Vital statistics of India. Vol. VI, European troops 1870-79
Year: 1870
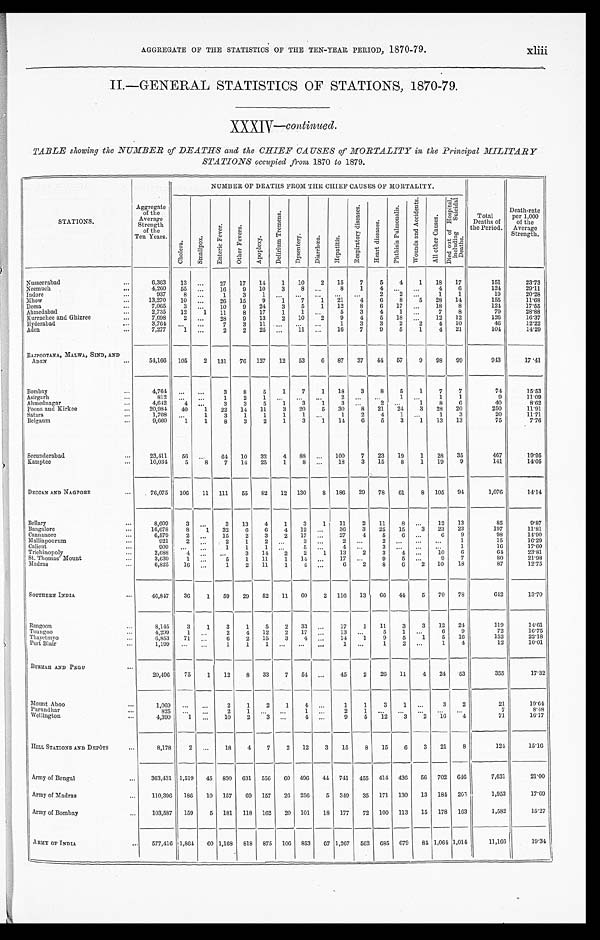
AGGREGATE OF THE STATISTICS OF THE TEN-YEAR PERIOD, 1870-79.
II.—GENERAL STATISTICS OF STATIONS, 1870-79.
XXXIV — continued .
TABLE showing the NUMBER of DEATHS and the CHIEF CAUSES of MORTALITY in the Principal MILITARY
STATIONS occupied from 1870 to 1879.
STATIONS.
Aggregate
of the
Average
Strength
of the
Ten Years.
NUMBER OF DEATHS FROM THE CHIEF CAUSES OF MORTALITY.
Total
Deaths of
the Period.
Death-rate
per 1,000
of the
Average
Strength.
Cholera.
S ma l l p o x .
E n t e r i c F e v e r .
O t h e r F e v e r s .
A p o p l e x y .
D e l i r i u m T r e m e n s .
Dy s e n t e r y .
D i a r r h œ a .
H e p a t i t i s .
R e s p i r a t o r y D i s e a s e s .
H e a r t D i s e a s e s .
P h t h i s i s P u l m o n a l i s .
W o u n d s a n d A c c i d e n t s .
A l l o t h e r C a u s e s .
D i e d o u t o f H o s p i t a l ,
i n c l u d i n g S u i c i d a l
Deaths.
Nusseerabad . . .
6,363
13
. . .
27
17
14
1
10
2
15
7
5
4
1
18
17
151
23.73
Neemuch . . .
4,260
55
. . . 16
9
10
3
8
. . . 8
1
4
. . .
. . .
4
6
124
29.11
I n d o r e . . .
937
8
. . . 1
3
1
. . . . . .
. . . . . .
. . . 2
2 . . .
1
1
19
20.28
Mhow . . .
13,270
10
. . . 26
15
9
1
7
1
21
4
6
8
5
28
14
155
11.68
Deesa . . .
7,065
3
. . . 10
9
24
3
5
1
12
8
6
17 . . .
18
8
124
17.55
Ahmedabad . . .
2,735
12
1
11
8
17
1
1
. . .
5
3
4
1
. . .
7
8
79
28.88
Kurrachee and Ghizree . . .
7,698
2
. . . 28
9
13
2
10
2
9
4
5
18 . . .
12
12
126
16.37
Hyderabad . . .
3,764
. . .
. . . 7
3
11 . . .
. . .
. . .
1
3
3
2
2
4
10
46
12.22
Aden . . .
7,277
1
. . .
2
2
25 . . .
11
. . .
16
7
9
5
1
4
21
104
14.29
RAJPOOTANA, MALWA, SIND, AND
ADEN . . .
54,166
105
2
131
76
127
12
53
6
87
37
44
57
9
9 8
9 9
9 4 3
17.41
Bombay . . .
4,764
. . .
. . .
3
8
5
1
7
1
18
3
8
5
1
7
7
74
15.53
Asirgarh . . .
812
. . .
. . .
1
2
1
. . . . . .
. . . 2
. . .
. . .
1
. . . 1
1
9
11.09
Ahmednagar . . .
4,642
4
. . .
3
3
5
1
3
1
3
. . . 2
. . .
1
8
6
40
8.62
Poona and Kirkee . . .
20,984
40
1
22
14
11
3
20
5
30
8
21
24
3
28
20
250
11.91
Satara . . .
1,708
. . .
1
3
1
1
1
1
. . .
1
2
4
1
. . .
1
3
20
11.71
Belgaum . . .
9,660
1
1
8
3
2
1
3
1
14
6
5
3
1
13
13
75
7.76
Secunderabad . . .
23,411
56 . . .
64
10
32
4
88
. . .
100
7
23
19
1
28
35
467
19.95
Kamptee . . .
10,034
5
8
7
14
25
1
8
. . .
18
3
15
8
1
19
9
141
14.05
DECCAN AND NAGPORE . . .
76,075
106
11
111
55
82
12
130
8
186
29
78
61
8
105
94
1,076
14.14
Bellary . . .
8,609
3
. . .
3
13
4
1
3
1
11
2
11
8
. . .
12
13
85
9.87
Bangalore . . .
16,678
8
1
32
6
6
4
12
. . .
36
3
25
15
3
23
23
197
11.81
Cannanore. . .
6,579
2
. . . 15
2
3
2
17
. . .
27
4
5
6
. . .
6
9
98
14.90
Malliapoorum . . .
921 2
. . .
2
1
2
. . .
3
. . . 2
. . .
2
. . . . . .
. . .
1
15
16.29
Calicut . . .
909
. . .
. . .
1
1
1
. . .
5
. . .
4
. . .
3
. . .
. . .
. . .
1
16
17.60
Trichinopoly . . .
2,688
4
. . .
. . .
3
1 4
2
2
1
13
2
3
4
. . .
1 0
6
64
23.81
St.Thomas' Mount . . .
3,639
1
. . .
5
1
1 1
1
14
. . .
17
. . .
9
5
. . .
9
7
80
21.98
Madras . . .
6 , 8 2 5
16
. . .
1
2
11
1
4
. . .
6
2
8
6
2
10
18
87
12.75
SOUTHERN INDIA . . .
46,847
36
1
59
29
52
11
60
2
116
13
66
44
5
70
78
642
13.70
Rangoon . . .
8,145
3
1
3
1
5
2
3
. . .
17
1
11
3
3
12
24
119
14.61
Toungoo . . .
4,299
1
. . .
2
4
12
2
17
. . .
13
. . .
5
1
. . .
6
9
7 2
1 6 . 7 5
Thayetmyo . . .
6,853
71
. . .
6
2
15
3
4
. . .
14
1
9
5
1
5
1 6
152
22.18
Port Blair . . .
1 , 1 9 9
. . .
. . .
1
1
1
. . .
. . .
. . .
1
. . .
1
2
. . .
1
4
1 2
1 0 . 0 1
BURMAH AND PEGU . . .
20,496
75
1
12
8
33
7
54
. . .
45
2
26
11
4
24
53
355
17.32
Mount Aboo . . .
1,069
. . .
. . .
2
1
2
1
4
. . .
1
1
3
1
. . .
3
2
21
19.64
Purundhar . . .
825
. . .
. . .
2
1
. . .
. . .
1
. . .
2
1
. . .
. . .
. . .
. . .
. . .
7
8 . 4 8
Wellington . . .
4,390
1
. . .
10
2
3
. . .
4
. . .
9
5
12
3
2
16
4
7 1
1 6 . 1 7
HILL STATIONS AND DEPÒTS . . .
8,178 2
. . .
18
4
7
2
12
3
15
8
15
6
3
21
8
124
15.16
Army of Bengal . . .
363,431 1,519
45
830
631
556
6 0 496
44
741
455
414 436
56 702
646
7,631
21.00
Army of Madras . . .
110,396
186
10
157
69
157
26
256
5
349
35
171
130
13
184 265
1,953
17.69
Army of Bombay . . .1 0 3 , 5 8 7
159
5
181
118
162
20 101
18
177
72
100
113
15
178
163
1,582
15.27
ARMY OF I N D I A . . .
577,416 1,864
60 1,168
818
875
106
853
67 1,267
562
685
679
84 1,064 1,014
11,166
19.34
xliii